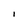
Character: I